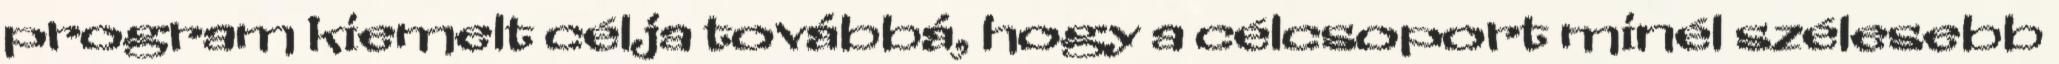
program kiemelt célja továbbá, hogy a célcsoport minél szélesebb